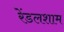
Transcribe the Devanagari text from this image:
रेंडलशाम